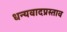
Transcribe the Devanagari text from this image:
धन्यवादप्रस्ताव